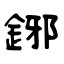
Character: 鋣